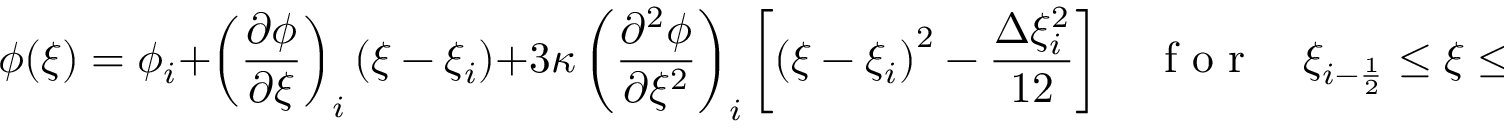
\phi ( \xi ) = \phi _ { i } + \left( \frac { \partial \phi } { \partial \xi } \right) _ { i } \left( \xi - \xi _ { i } \right) + 3 \kappa \left( \frac { \partial ^ { 2 } \phi } { \partial \xi ^ { 2 } } \right) _ { i } \left[ \left( \xi - \xi _ { i } \right) ^ { 2 } - \frac { \Delta \xi _ { i } ^ { 2 } } { 1 2 } \right] \quad \mathrm { ~ f ~ o ~ r ~ } \quad \xi _ { i - \frac { 1 } { 2 } } \le \xi \le \xi _ { i + \frac { 1 } { 2 } }